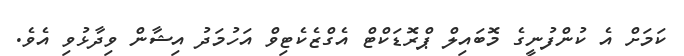
ކަމަށް އެ ކުންފުނީގެ މޮބައިލް ޕްރޮޑަކްޓް އެގްޒެކެޓިވް އަހުމަދު އިޝާން ވިދާޅުވި އެވެ.